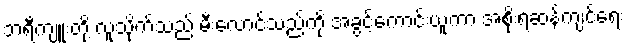
ဘရီကျူးတို့ လူသိုက်သည် မီးလောင်သည်ကို အခွင့်ကောင်းယူကာ အစိုးရဆန့်ကျင်ရေး